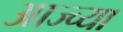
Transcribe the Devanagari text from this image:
आज्च्या